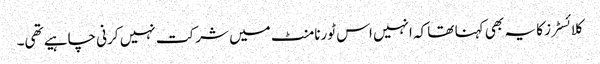
کلائسٹرز کا یہ بھی کہنا تھا کہ انہیں اس ٹورنامنٹ میں شرکت نہیں کرنی چاہیے تھی۔